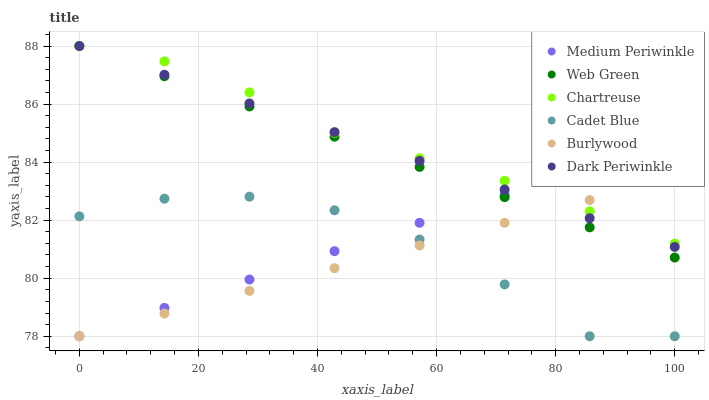
| xaxis_label | Medium Periwinkle | Web Green | Chartreuse | Cadet Blue | Burlywood | Dark Periwinkle |
 | --- | --- | --- | --- | --- | --- | --- |
 | 0 | 78 | 88 | 88 | 82.1 | 78 | 88 |
 | 14.3 | 79 | 87 | 87.5 | 82.7 | 78.8 | 87 |
 | 28.6 | 80 | 85.9 | 86.4 | 82.8 | 79.6 | 86 |
 | 42.9 | 80.9 | 84.9 | 85 | 82.3 | 80.3 | 85 |
 | 57.1 | 81.9 | 83.8 | 84.1 | 81.3 | 81.1 | 84 |
 | 71.4 | 82.9 | 82.8 | 83.4 | 79.8 | 81.9 | 83.1 |
 | 85.7 | 83.9 | 81.8 | 82.3 | 78 | 82.7 | 82.1 |
 | 100 | 84.8 | 80.7 | 81.2 | 78 | 83.5 | 81.1 |